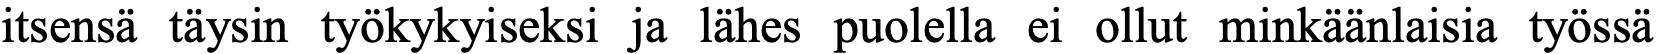
itsensä täysin työkykyiseksi ja lähes puolella ei ollut minkäänlaisia työssä